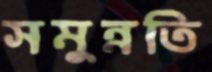
সমুন্নতি